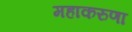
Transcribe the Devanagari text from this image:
महाकरुणा